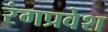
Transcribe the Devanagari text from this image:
रंगप्रवेश